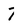
Character: 7